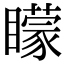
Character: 矇